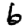
Digit: 6